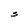
Character: S